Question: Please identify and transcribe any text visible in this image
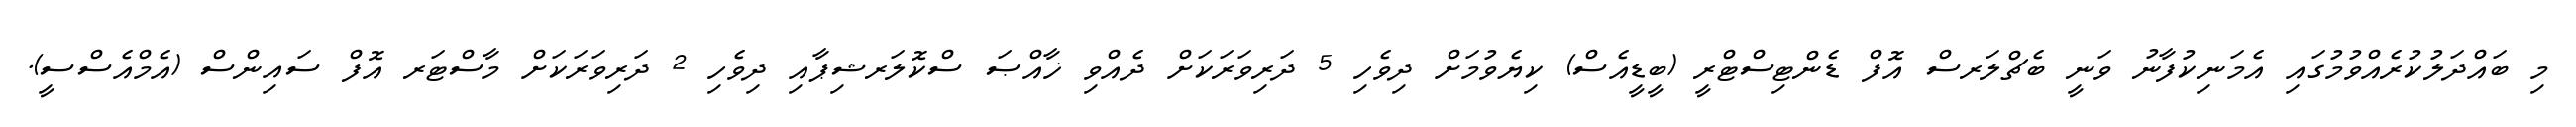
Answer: މި ބައްދަލުކުރެއްވުމުގައި އެމަނިކުފާނު ވަނީ ބެޗްލަރސް އޮފް ޑެންޓިސްޓްރީ (ބީޑީއެސް) ކިޔެވުމަށް ދިވެހި 5 ދަރިވަރަކަށް ދެއްވި ޚާއްޞަ ސްކޮލަރޝިޕާއި ދިވެހި 2 ދަރިވަރަކަށް މާސްޓަރ އޮފް ސައިންސް (އެމްއެސްސީ).